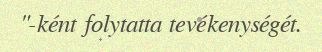
"-ként folytatta tevékenységét.